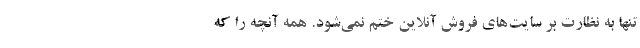
تنها به نظارت بر سایت‌های فروش آنلاین ختم نمی‌شود. همه آنچه را که